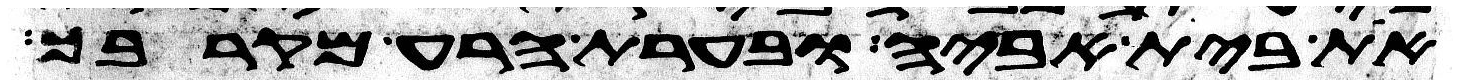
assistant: את בית אביה ובערת הרע מקרבך